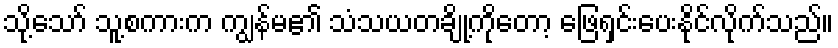
သို့သော် သူ့စကားက ကျွန်မ၏ သံသယတချို့ကိုတော့ ဖြေရှင်းပေးနိုင်လိုက်သည်။